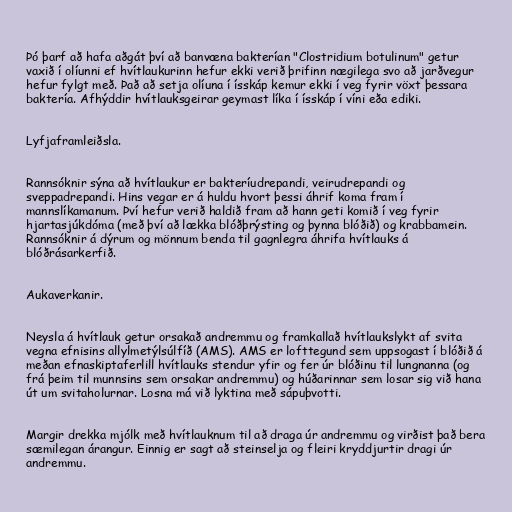
Þó þarf að hafa aðgát því að banvæna bakterían "Clostridium botulinum" getur
vaxið í olíunni ef hvítlaukurinn hefur ekki verið þrifinn nægilega svo að jarðvegur
hefur fylgt með. Það að setja olíuna í ísskáp kemur ekki í veg fyrir vöxt þessara
baktería. Afhýddir hvítlauksgeirar geymast líka í ísskáp í víni eða ediki.

Lyfjaframleiðsla.

Rannsóknir sýna að hvítlaukur er bakteríudrepandi, veirudrepandi og
sveppadrepandi. Hins vegar er á huldu hvort þessi áhrif koma fram í
mannslíkamanum. Því hefur verið haldið fram að hann geti komið í veg fyrir
hjartasjúkdóma (með því að lækka blóðþrýsting og þynna blóðið) og krabbamein.
Rannsóknir á dýrum og mönnum benda til gagnlegra áhrifa hvítlauks á
blóðrásarkerfið.

Aukaverkanir.

Neysla á hvítlauk getur orsakað andremmu og framkallað hvítlaukslykt af svita
vegna efnisins allylmetýlsúlfíð (AMS). AMS er lofttegund sem uppsogast í blóðið á
meðan efnaskiptaferlill hvítlauks stendur yfir og fer úr blóðinu til lungnanna (og
frá þeim til munnsins sem orsakar andremmu) og húðarinnar sem losar sig við hana
út um svitaholurnar. Losna má við lyktina með sápuþvotti.

Margir drekka mjólk með hvítlauknum til að draga úr andremmu og virðist það bera
sæmilegan árangur. Einnig er sagt að steinselja og fleiri kryddjurtir dragi úr
andremmu.